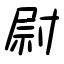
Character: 尉